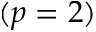
( p = 2 )